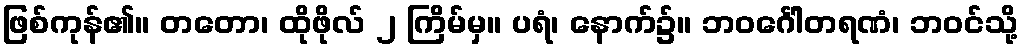
ဖြစ်ကုန်၏။ တတော၊ ထိုဖိုလ် ၂ ကြိမ်မှ။ ပရံ၊ နောက်၌။ ဘဝင်္ဂေါတရဏံ၊ ဘဝင်သို့